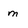
Character: m